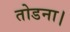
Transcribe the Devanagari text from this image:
तोडना।